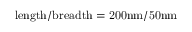
\mathrm { l e n g t h / b r e a d t h = 2 0 0 n m / 5 0 n m }